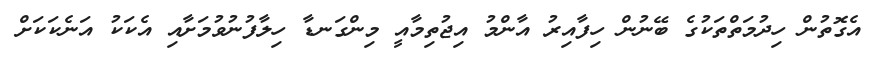
އެގޮތުން ހިދުމަތްތަކުގެ ބޭނުން ހިފާއިރު އާންމު އިޖުތިމާއީ މިންގަނޑާ ހިލާފުނުވުމަށާއި އެކަކު އަނެކަކަށް